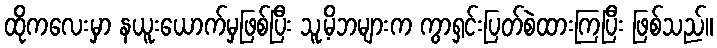
ထိုကလေးမှာ နယူးယောက်မှဖြစ်ပြီး သူ့မိဘများက ကွာရှင်းပြတ်စဲထားကြပြီး ဖြစ်သည်။